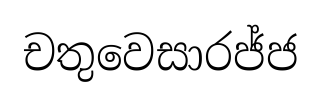
චතුවෙසාරජ්ජ